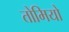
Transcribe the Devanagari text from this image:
तोमियो